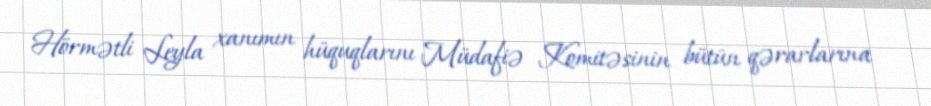
Hörmətli Leyla xanımın hüquqlarını Müdafiə Komitəsinin bütün qərarlarına